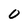
Character: O